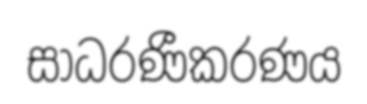
සාධරණීකරණය